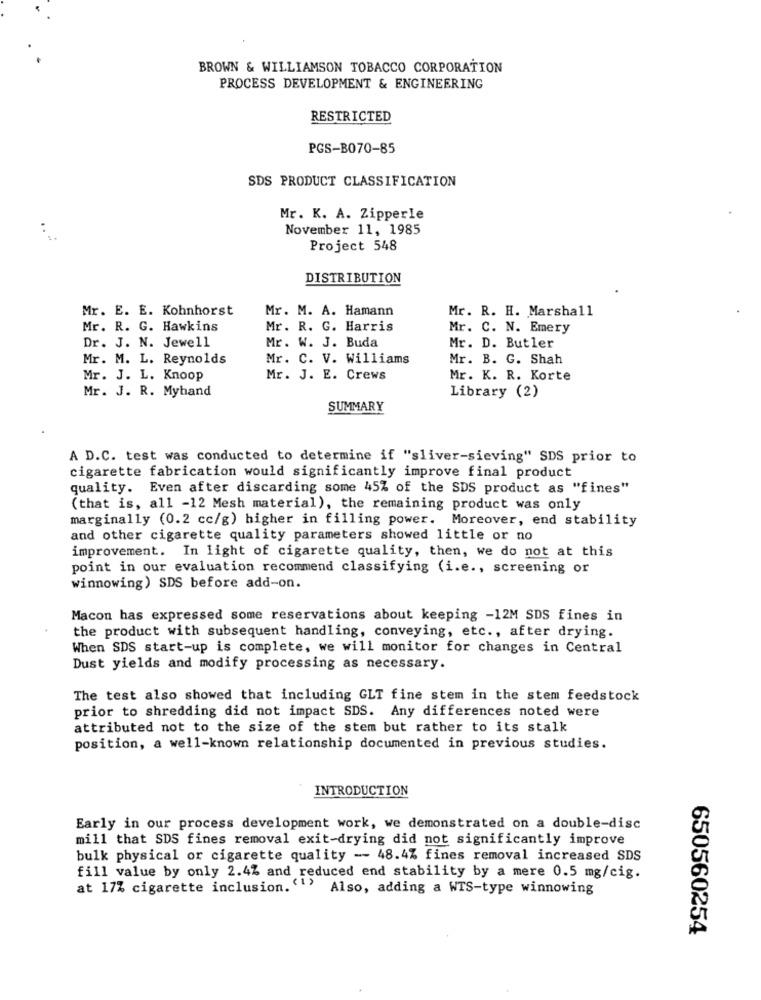
BROWN & WILLIAMSON TOBACCO CORPORATION
PROCESS DEVELOPMENT & ENGINEERING
RESTRICTED
PGS-B070-85
SDS PRODUCT CLASSIFICATION
Mr. K. A. Zipperle
November 11, 1985
Project 548
DISTRIBUTION
Mr. E. E. Kohnhorst
Mr. M. A. Hamann
Mr. R. H. Marshall
Mr. R. G. Hawkins
Mr. R. G. Harris
Mr. C. N. Emery
Dr. J. N. Jewell
Mr. W. J. Buda
Mr. D. Butler
Mr. M. L. Reynolds
Mr. C. V. Williams
Mr. B. G. Shah
Mr. J. L. Knoop
Mr. J. E. Crews
Mr. K. R. Korte
Mr. J. R. Myband
Library (2)
SUMMARY
A D.C. test was conducted to determine if "sliver-sieving" SDS prior to
cigarette fabrication would significantly improve final product
quality. Even after discarding some 45% of the SDS product as "fines"
(that is, all -12 Mesh material), the remaining product was only
marginally (0.2 cc/g) higher in filling power. Moreover, end stability
and other cigarette quality parameters showed little or no
improvement. In light of cigarette quality, then, we do not at this
point in our evaluation recommend classifying (i.e ., screening or
winnowing) SDS before add-on.
Macon has expressed some reservations about keeping -12M SDS fines in
the product with subsequent handling, conveying, etc ., after drying.
When SDS start-up is complete, we will monitor for changes in Central
Dust yields and modify processing as necessary.
The test also showed that including GLT fine stem in the stem feedstock
prior to shredding did not impact SDS. Any differences noted were
attributed not to the size of the stem but rather to its stalk
position, a well-known relationship documented in previous studies.
INTRODUCTION
Early in our process development work, we demonstrated on a double-disc
mill that SDS fines removal exit-drying did not significantly improve
bulk physical or cigarette quality -- 48.4% fines removal increased SDS
fill value by only 2.4% and reduced end stability by a mere 0.5 mg/cig.
at 17% cigarette inclusion.'1' Also, adding a WTS-type winnowing
650560254